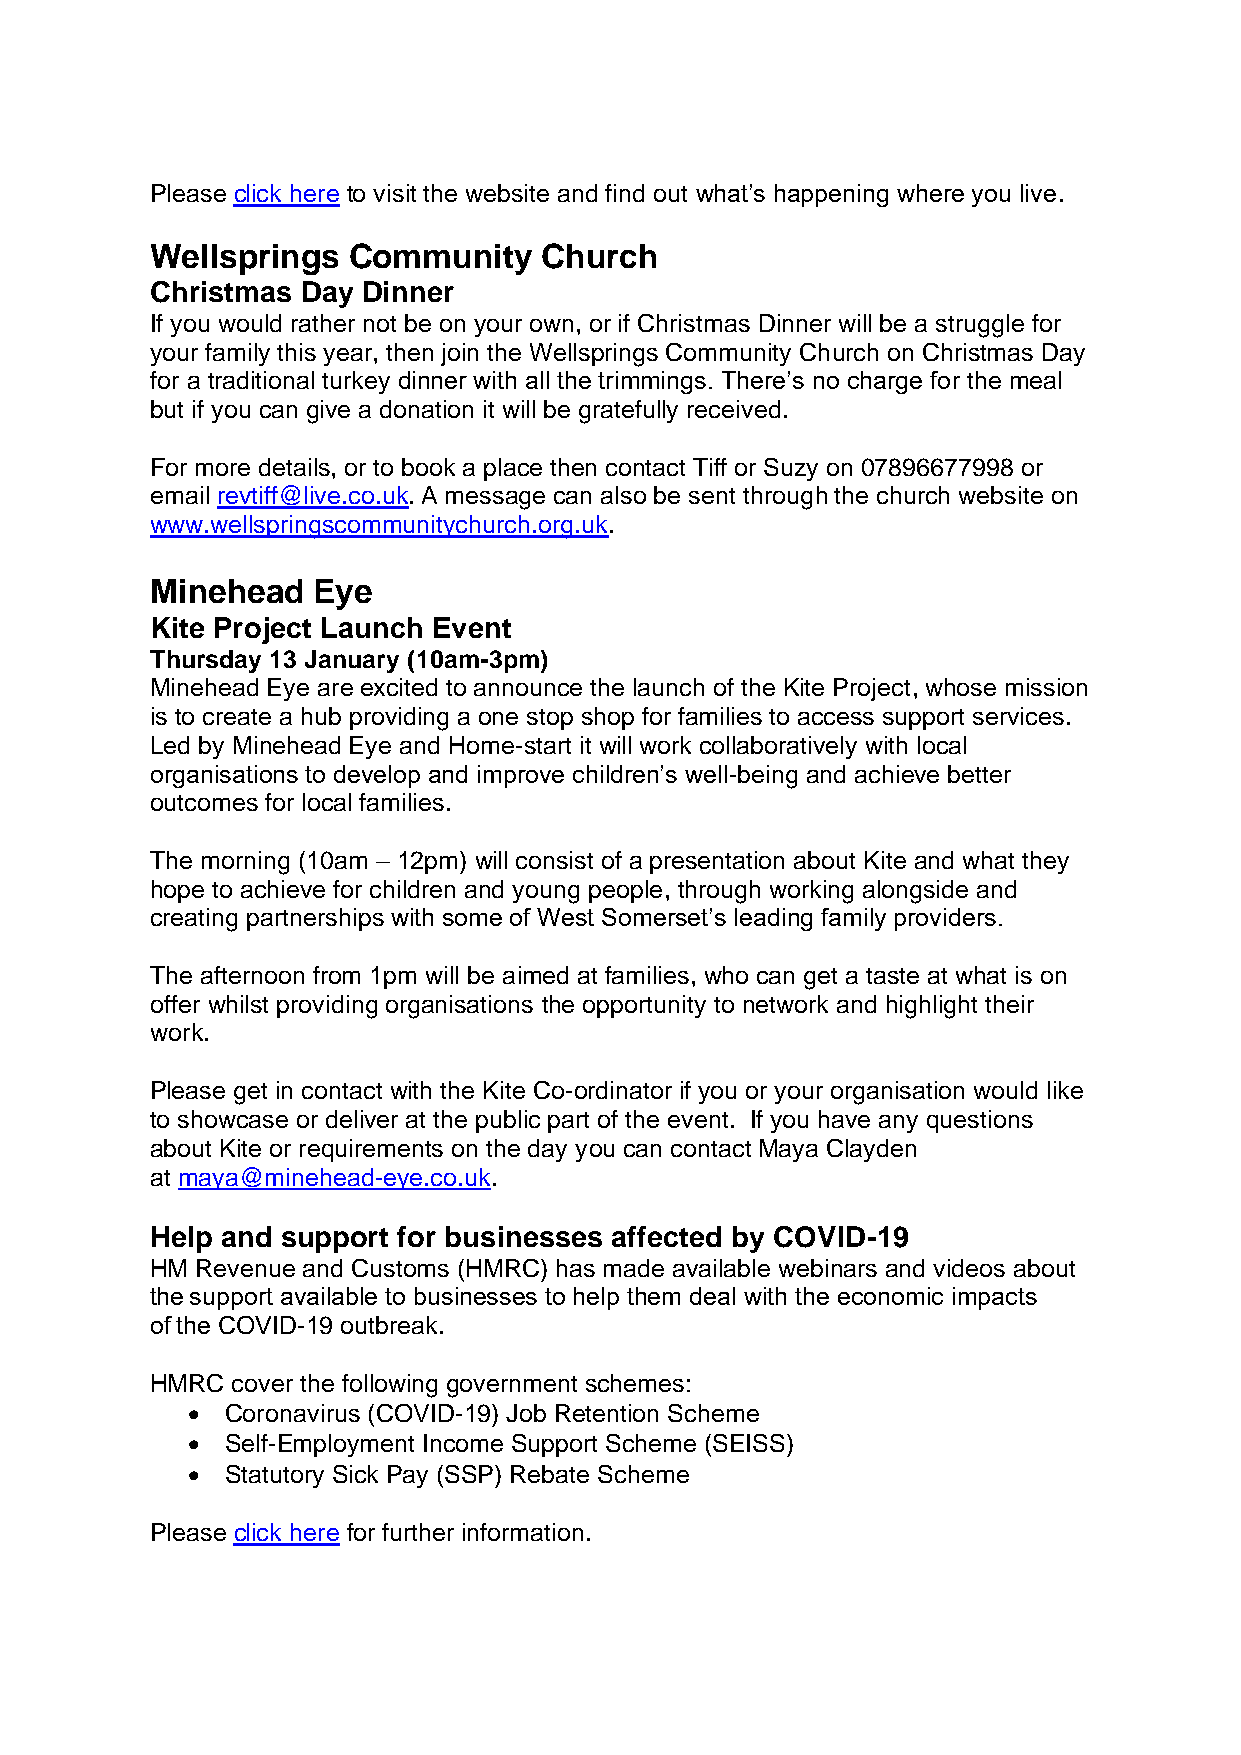
Please click here to visit the website and find out what’s happening where you live.
 Wellsprings  Community    Church
 Christmas Day Dinner
 If you would rather not be on your own, or if Christmas Dinner will be a struggle for
 your family this year, then join the Wellsprings Community Church on Christmas Day
 for a traditional turkey dinner with all the trimmings. There’s no charge for the meal
 but if you can give a donation it will be gratefully received.
 For more details, or to book a place then contact Tiff or Suzy on 07896677998 or
 email revtiff@live.co.uk. A message can also be sent through the church website on
 www.wellspringscommunitychurch.org.uk.
 Minehead   Eye
 Kite Project Launch Event
 Thursday 13 January (10am-3pm)
 Minehead Eye are excited to announce the launch of the Kite Project, whose mission
 is to create a hub providing a one stop shop for families to access support services.
 Led by Minehead Eye and Home-start it will work collaboratively with local
 organisations to develop and improve children’s well-being and achieve better
 outcomes for local families.
 The morning (10am – 12pm) will consist of a presentation about Kite and what they
 hope to achieve for children and young people, through working alongside and
 creating partnerships with some of West Somerset’s leading family providers.
 The afternoon from 1pm will be aimed at families, who can get a taste at what is on
 offer whilst providing organisations the opportunity to network and highlight their
 work.
 Please get in contact with the Kite Co-ordinator if you or your organisation would like
 to showcase or deliver at the public part of the event. If you have any questions
 about Kite or requirements on the day you can contact Maya Clayden
 at maya@minehead-eye.co.uk.
 Help and support for businesses affected by COVID-19
 HM Revenue and Customs (HMRC) has made available webinars and videos about
 the support available to businesses to help them deal with the economic impacts
 of the COVID-19 outbreak.
 HMRC cover the following government schemes:
 •  Coronavirus (COVID-19) Job Retention Scheme
 •  Self-Employment Income Support Scheme (SEISS)
 •  Statutory Sick Pay (SSP) Rebate Scheme
 Please click here for further information.